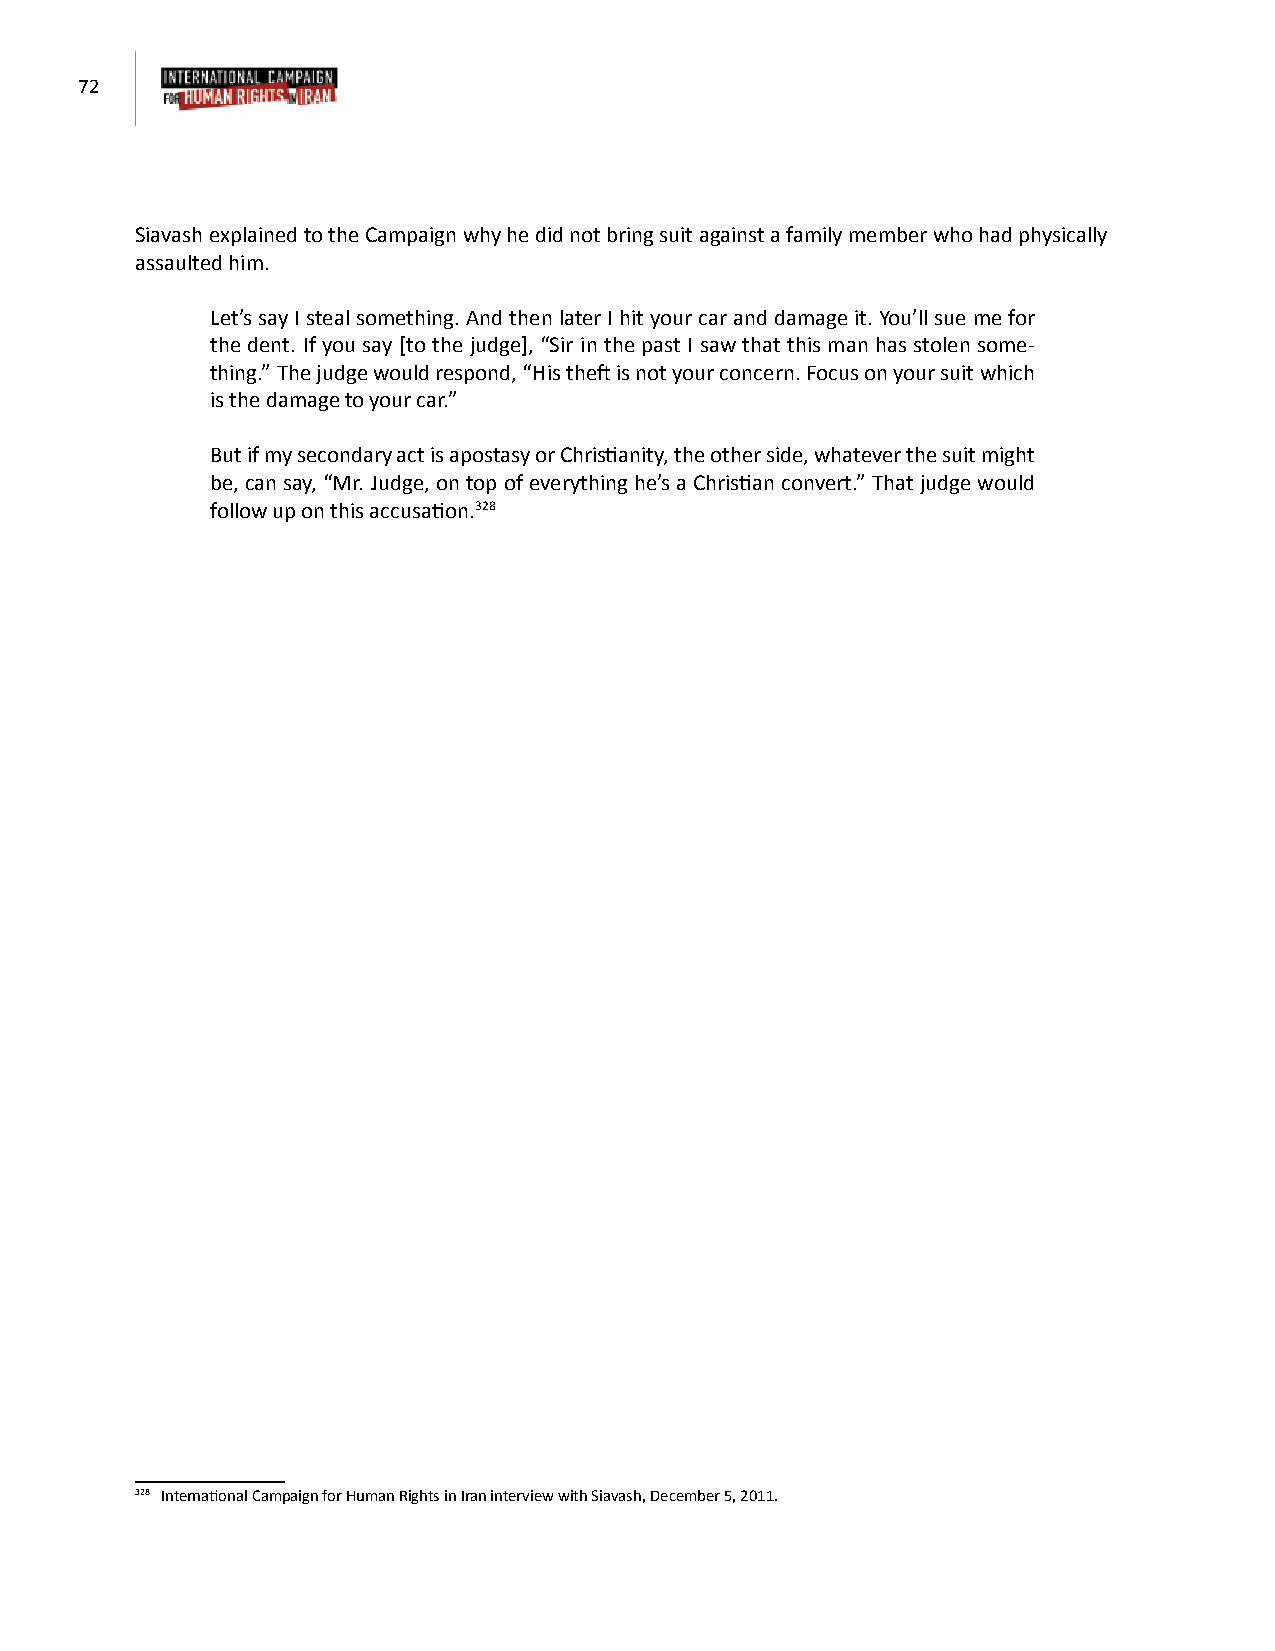
72
 Siavash explained to the Campaign why he did not bring suit against a family member who had physically
 assaulted him.
 Let’s say I steal something. And then later I hit your car and damage it. You’ll sue me for
 the dent. If you say [to the judge], “Sir in the past I saw that this man has stolen some-
 thing.” The judge would respond, “His theft is not your concern. Focus on your suit which
 is the damage to your car.”
 But if my secondary act is apostasy or Christianity, the other side, whatever the suit might
 be, can say, “Mr. Judge, on top of everything he’s a Christian convert.” That judge would
 follow up on this accusation.328
 328 International Campaign for Human Rights in Iran interview with Siavash, December 5, 2011.